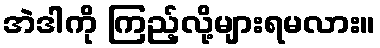
အဲဒါကို ကြည့်လို့များရမလား။